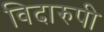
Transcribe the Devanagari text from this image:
विदारुपी